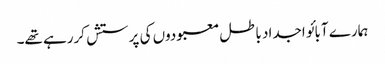
ہمارے آبائو اجداد باطل معبودوں کی پرستش کررہے تھے۔